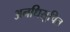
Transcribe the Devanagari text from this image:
अनधिसूचित